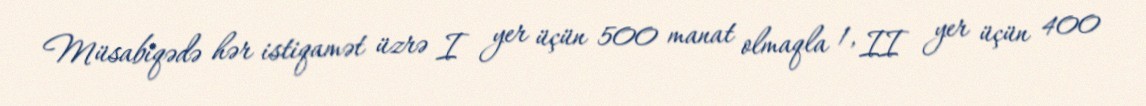
Müsabiqədə hər istiqamət üzrə I yer üçün 500 manat olmaqla 1, II yer üçün 400